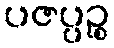
ပဇပ္ပဉ္စ